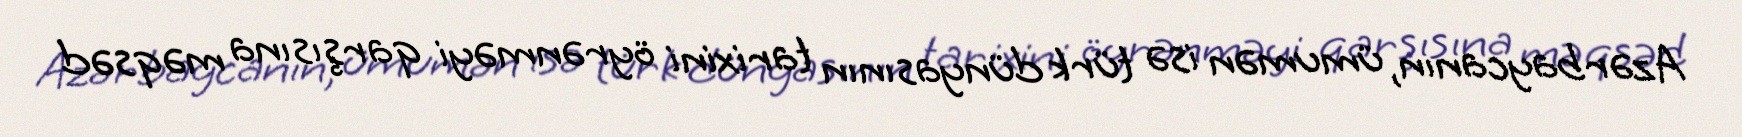
Azərbaycanın, ümumən isə türk dünyasının tarixini öyrənməyi qarşısına məqsəd